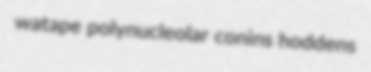
watape polynucleolar conins hoddens